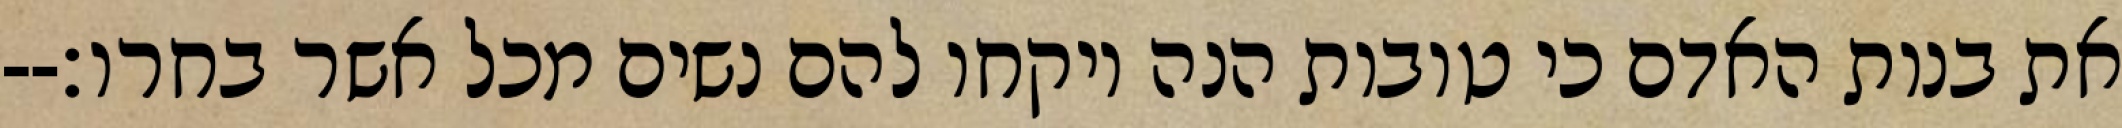
את בנות האדם כי טובות הנה ויקחו להם נשים מכל אשר בחרו׃--